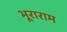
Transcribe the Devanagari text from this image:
भूराराम